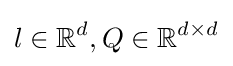
l\in \mathbb {R} ^{d},Q\in \mathbb {R} ^{d\times d}